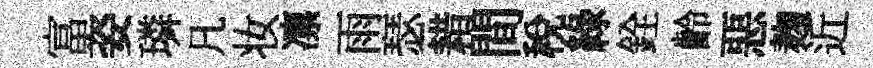
富姿璘凡妆凛雨瑟耤間税綠銓齡惡麹近